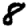
Digit: 8